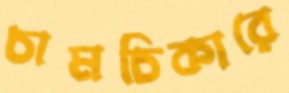
চামচিকারে